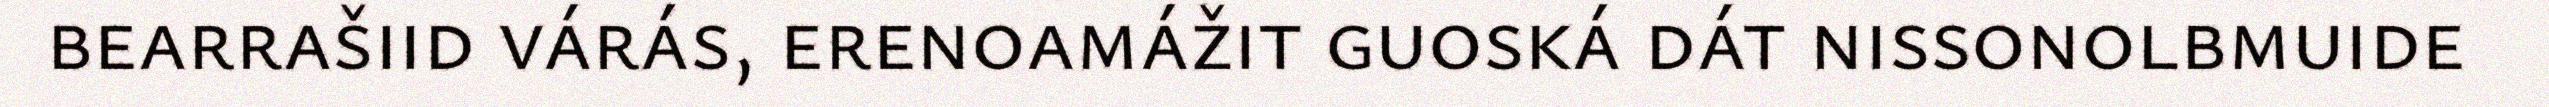
bearrašiid várás, erenoamážit guoská dát nissonolbmuide